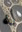
له